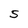
Character: 5